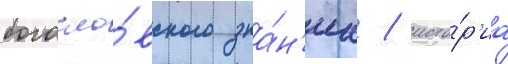
богосло́вского зна́н'иа / исто́р'иа